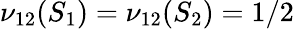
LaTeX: \nu_{12}(S_{1})=\nu_{12}(S_{2})=1/2